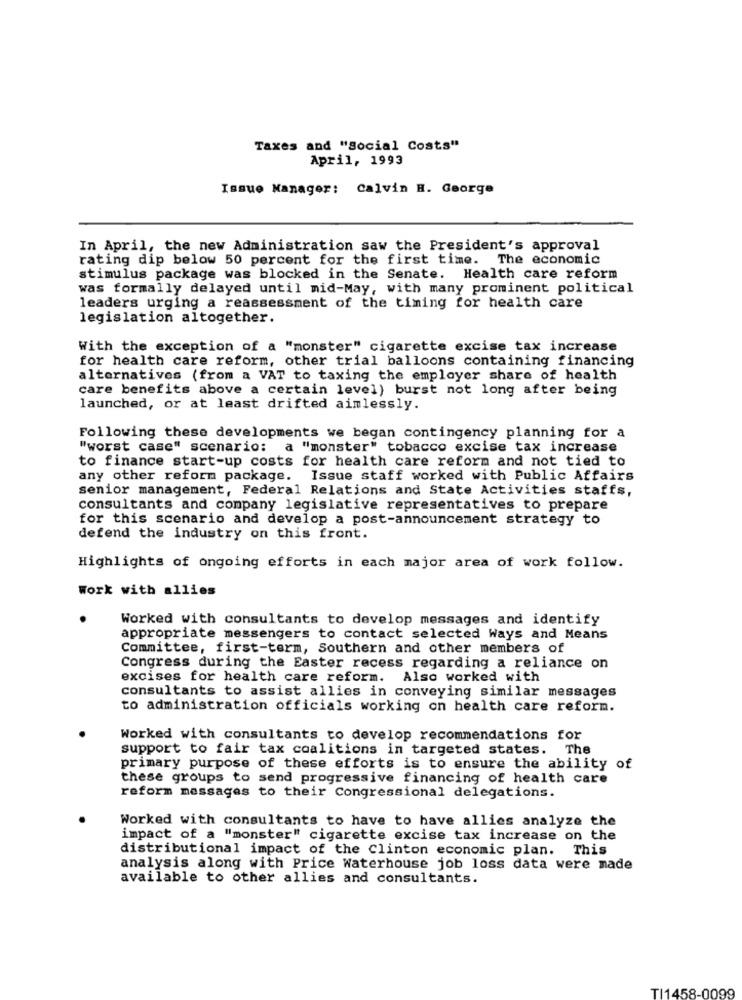
Taxes and "Social Costs"
April, 1993
Issue Manager: Calvin H. George
In April, the new Administration saw the President's approval
rating dip below 50 percent for the first time. The economic
stimulus package was blocked in the Senate. Health care reform
was formally delayed until mid-May, with many prominent political
leaders urging a reassessment of the timing for health care
legislation altogether.
With the exception of a "monster" cigarette excise tax increase
for health care reform, other trial balloons containing financing
alternatives (from a VAT to taxing the employer share of health
care benefits above a certain level) burst not long after being
launched, or at least drifted aimlessly.
Following these developments we began contingency planning for a
"worst case" scenario: a "monster" tobacco excise tax increase
to finance start-up costs for health care reform and not tied to
any other reform package. Issue staff worked with Public Affairs
senior management, Federal Relations and State Activities staffs,
consultants and company legislative representatives to prepare
for this scenario and develop a post-announcement strategy to
defend the industry on this front.
Highlights of ongoing efforts in each major area of work follow.
Work with allies
Worked with consultants to develop messages and identify
appropriate messengers to contact selected Ways and Means
Committee, first-term, Southern and other members of
Congress during the Easter recess regarding a reliance on
excises for health care reform. Also worked with
consultants to assist allies in conveying similar messages
to administration officials working on health care reform.
Worked with consultants to develop recommendations for
support to fair tax coalitions in targeted states. The
primary purpose of these efforts is to ensure the ability of
these groups to send progressive financing of health care
reform messages to their Congressional delegations.
Worked with consultants to have to have allies analyze the
impact of a "monster" cigarette excise tax increase on the
distributional impact of the Clinton economic plan. This
analysis along with Price Waterhouse job loss data were made
available to other allies and consultants.
TI1458-0099